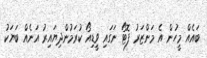
ބައެއް މީހުން އެ މަންޒަރު ފޮޓޯ ނަގައި ވީޑިއޯ ކުރަމުންދިޔައިރު އަނެއް ބަޔަކު